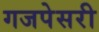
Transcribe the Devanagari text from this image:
गजपेसरी